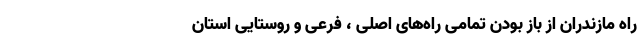
راه مازندران از باز بودن تمامی راه‌های اصلی ، فرعی و روستایی استان